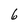
Character: 6